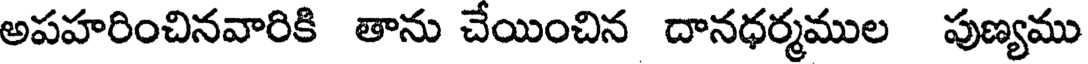
అపహరించినవారికి తాను చేయించిన దానధర్మముల పుణ్యము